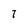
Character: 7